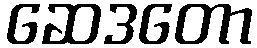
ဆေဒတော